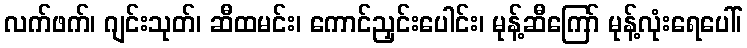
လက်ဖက်၊ ဂျင်းသုတ်၊ ဆီထမင်း၊ ကောင်ညှင်းပေါင်း၊ မုန့်ဆီကြော် မုန့်လုံးရေပေါ်၊